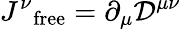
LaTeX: {J^{\nu}}_{\mathrm{free}}=\partial_{\mu}{\mathcal{D}}^{\mu\nu}